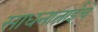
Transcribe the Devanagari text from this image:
साधनाताईंचे